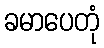
ခမာပေတုံ